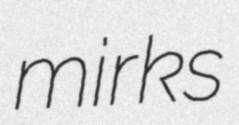
mirks